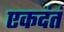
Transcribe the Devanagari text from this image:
एकदंतं